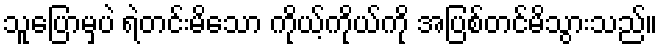
သူပြောမှပဲ ရဲတင်းမိသော ကိုယ့်ကိုယ်ကို အပြစ်တင်မိသွားသည်။